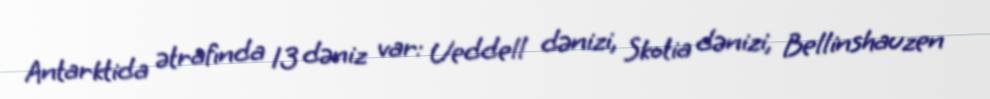
Antarktida ətrafında 13 dəniz var: Ueddell dənizi, Skotia dənizi, Bellinshauzen